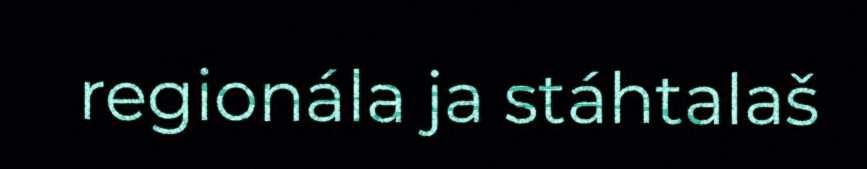
regionála ja stáhtalaš